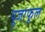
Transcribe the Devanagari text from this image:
पूजाफूल